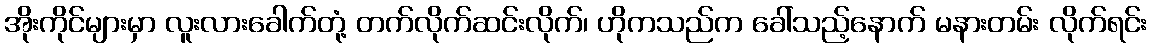
အိုးကိုင်များမှာ လူးလားခေါက်တုံ့ တက်လိုက်ဆင်းလိုက်၊ ဟိုကသည်က ခေါ်သည့်နောက် မနားတမ်း လိုက်ရင်း